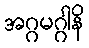
အဂ္ဂမဂ္ဂါနိ